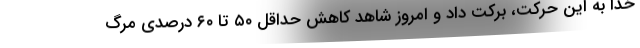
خدا به این حرکت، برکت داد و امروز شاهد کاهش حداقل ۵۰ تا ۶۰ درصدی مرگ